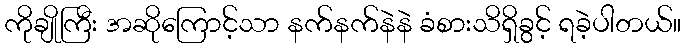
ကိုချိုကြီး အဆိုကြောင့်သာ နက်နက်နဲနဲ ခံစားသိရှိခွင့် ရခဲ့ပါတယ်။